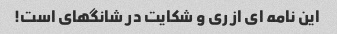
این نامه ای از ری و شکایت در شانگهای است!